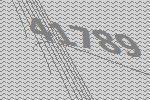
41789